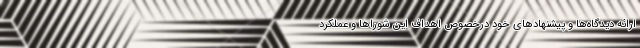
ارائه دیدگاه‌ها و پیشنهادهای خود درخصوص اهداف این شوراها و عملکرد